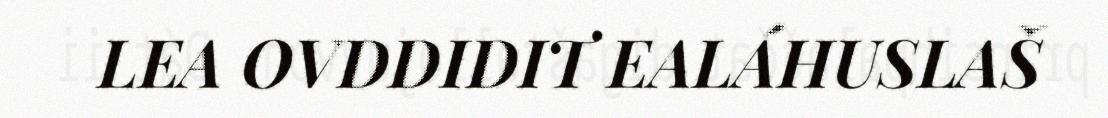
LEA OVDDIDIT EALÁHUSLAŠ